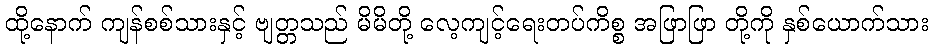
ထို့နောက် ကျန်စစ်သားနှင့် ဗျတ္တသည် မိမိတို့ လေ့ကျင့်ရေးတပ်ကိစ္စ အဖြာဖြာ တို့ကို နှစ်ယောက်သား